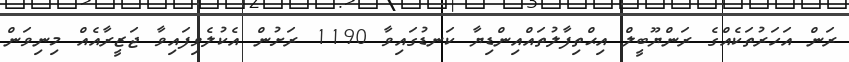
ރަން އަހަރުތަކެއްގެ ރަންޔޫބީލް އިޙްތިފާލުތައްއިންޑިޔާ ކަނޑުގައިވާ 1190 ރަށުން އެކުލެވިފައިވާ ޖަޒީރާއެއް މިނިވަން